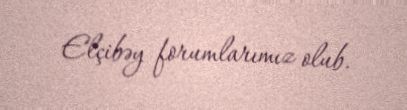
Elçibəy forumlarımız olub.